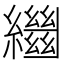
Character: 𦇓